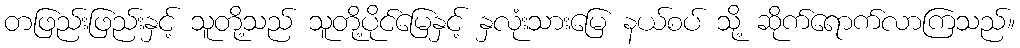
တဖြည်းဖြည်းနှင့် သူတို့သည် သူတို့ပိုင်မြေနှင့် နှလုံးသားမြေ နယ်စပ် သို့ ဆိုက်ရောက်လာကြသည်။